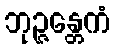
ဘုဉ္ဇန္တေကံ